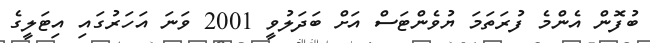
ބުފޮން އެންމެ ފުރަތަމަ ޔުވެންޓަސް އަށް ބަދަލުވީ 2001 ވަނަ އަހަރުގައި އިޓަލީގެ